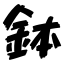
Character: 鉢